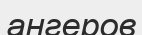
ангеров